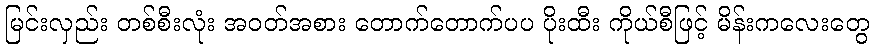
မြင်းလှည်း တစ်စီးလုံး အဝတ်အစား တောက်တောက်ပပ ပိုးထီး ကိုယ်စီဖြင့် မိန်းကလေးတွေ